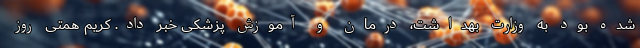
شده بود به وزارت بهداشت، درمان و آموزش پزشکی خبر داد. کریم همتی روز